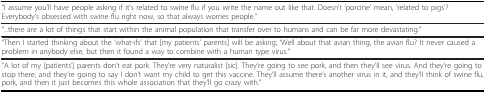
| "I assume you'll have people asking if it's related to swine flu if you write the name out like that. Doesn't 'porcine' mean, 'related to pigs'? Everybody's obsessed with swine flu right now, so that always worries people." |
 | --- |
 | "...there are a lot of things that start within the animal population that transfer over to humans and can be far more devastating." |
 | "Then I started thinking about the 'what-ifs' that [my patients' parents] will be asking; 'Well about that avian thing, the avian flu? It never caused a problem in anybody else, but then it found a way to combine with a human type virus." |
 | "A lot of my [patients'] parents don't eat pork. They're very naturalist [sic]. They're going to see pork, and then they'll see virus. And they're going to stop there, and they're going to say I don't want my child to get this vaccine. They'll assume there's another virus in it, and they'll think of swine flu, pork, and then it just becomes this whole association that they'll go crazy with." |